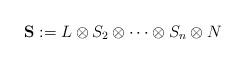
LaTeX: \begin{align*}\mathbf{S}:=L\otimes S_2\otimes\cdots\otimes S_n\otimes N\end{align*}